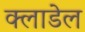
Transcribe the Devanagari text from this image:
क्लाडेल